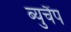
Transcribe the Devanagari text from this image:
ब्युचैंप